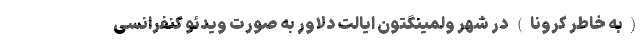
(به خاطر کرونا) در شهر ولمینگتون ایالت دلاور به صورت ویدئو کنفرانسی